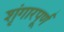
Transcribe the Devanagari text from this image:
शृंगारपूर्ण